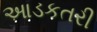
આડકતરી